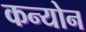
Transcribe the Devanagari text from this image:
कन्योन